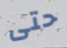
حتى